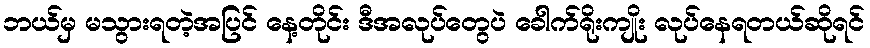
ဘယ်မှ မသွားရတဲ့အပြင် နေ့တိုင်း ဒီအလုပ်တွေပဲ ခေါက်ရိုးကျိုး လုပ်နေရတယ်ဆိုရင်